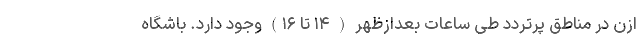
ازن در مناطق پرتردد طی ساعات بعدازظهر ( ۱۴ تا ۱۶) وجود دارد. باشگاه